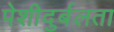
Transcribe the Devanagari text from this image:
पेशीदुर्बलता